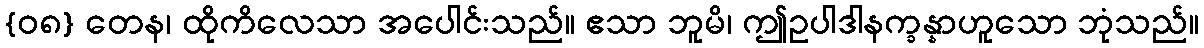
{၀၈} တေန၊ ထိုကိလေသာ အပေါင်းသည်။ ဧသာ ဘူမိ၊ ဤဥပါဒါနက္ခန္နာဟူသော ဘုံသည်။